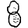
Digit: 8